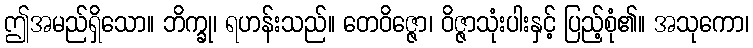
ဤအမည်ရှိသော။ ဘိက္ခု၊ ရဟန်းသည်။ တေဝိဇ္ဇော၊ ဝိဇ္ဇာသုံးပါးနှင့် ပြည့်စုံ၏။ အသုကော၊